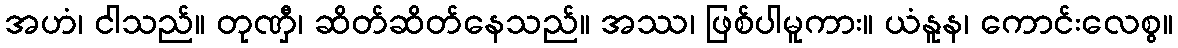
အဟံ၊ ငါသည်။ တုဏှီ၊ ဆိတ်ဆိတ်နေသည်။ အဿ၊ ဖြစ်ပါမူကား။ ယံနူန၊ ကောင်းလေစွ။